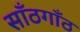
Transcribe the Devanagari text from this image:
साँठगाँठ